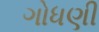
ગોધણી